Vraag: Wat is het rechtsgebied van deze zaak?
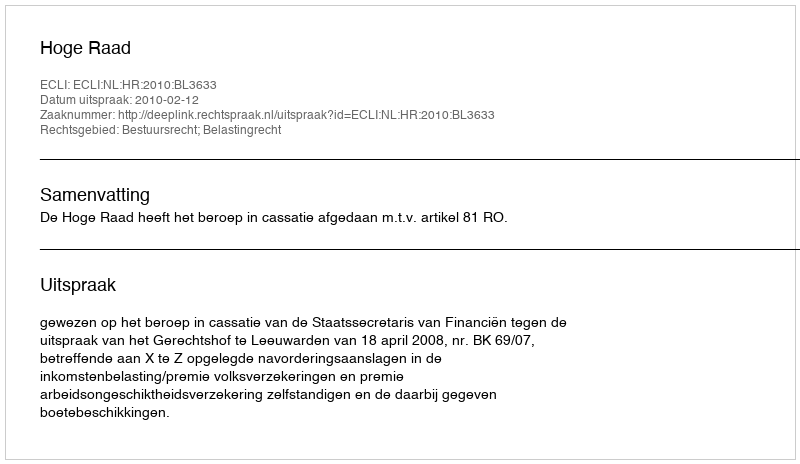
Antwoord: Bestuursrecht; Belastingrecht